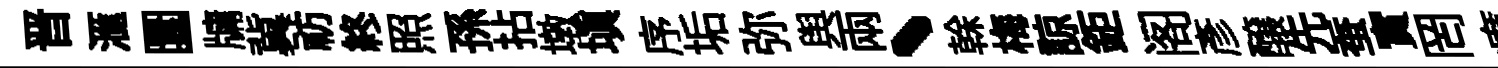
晋滙圜牗冀祊終照孫拈墩填序垢弥舆兩、𠏉梅諒鉅阁彦醸先蚕實罔癘